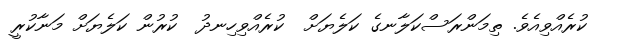
ކުރެއްވިއެވެ. ތިމަންރަސްކަލާނގެ ކަލެޔަށް  ކުރެއްވިހިނދު  ކުރުން ކަލެޔަށް މަނާކުރީ